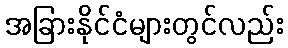
အခြားနိုင်ငံများတွင်လည်း